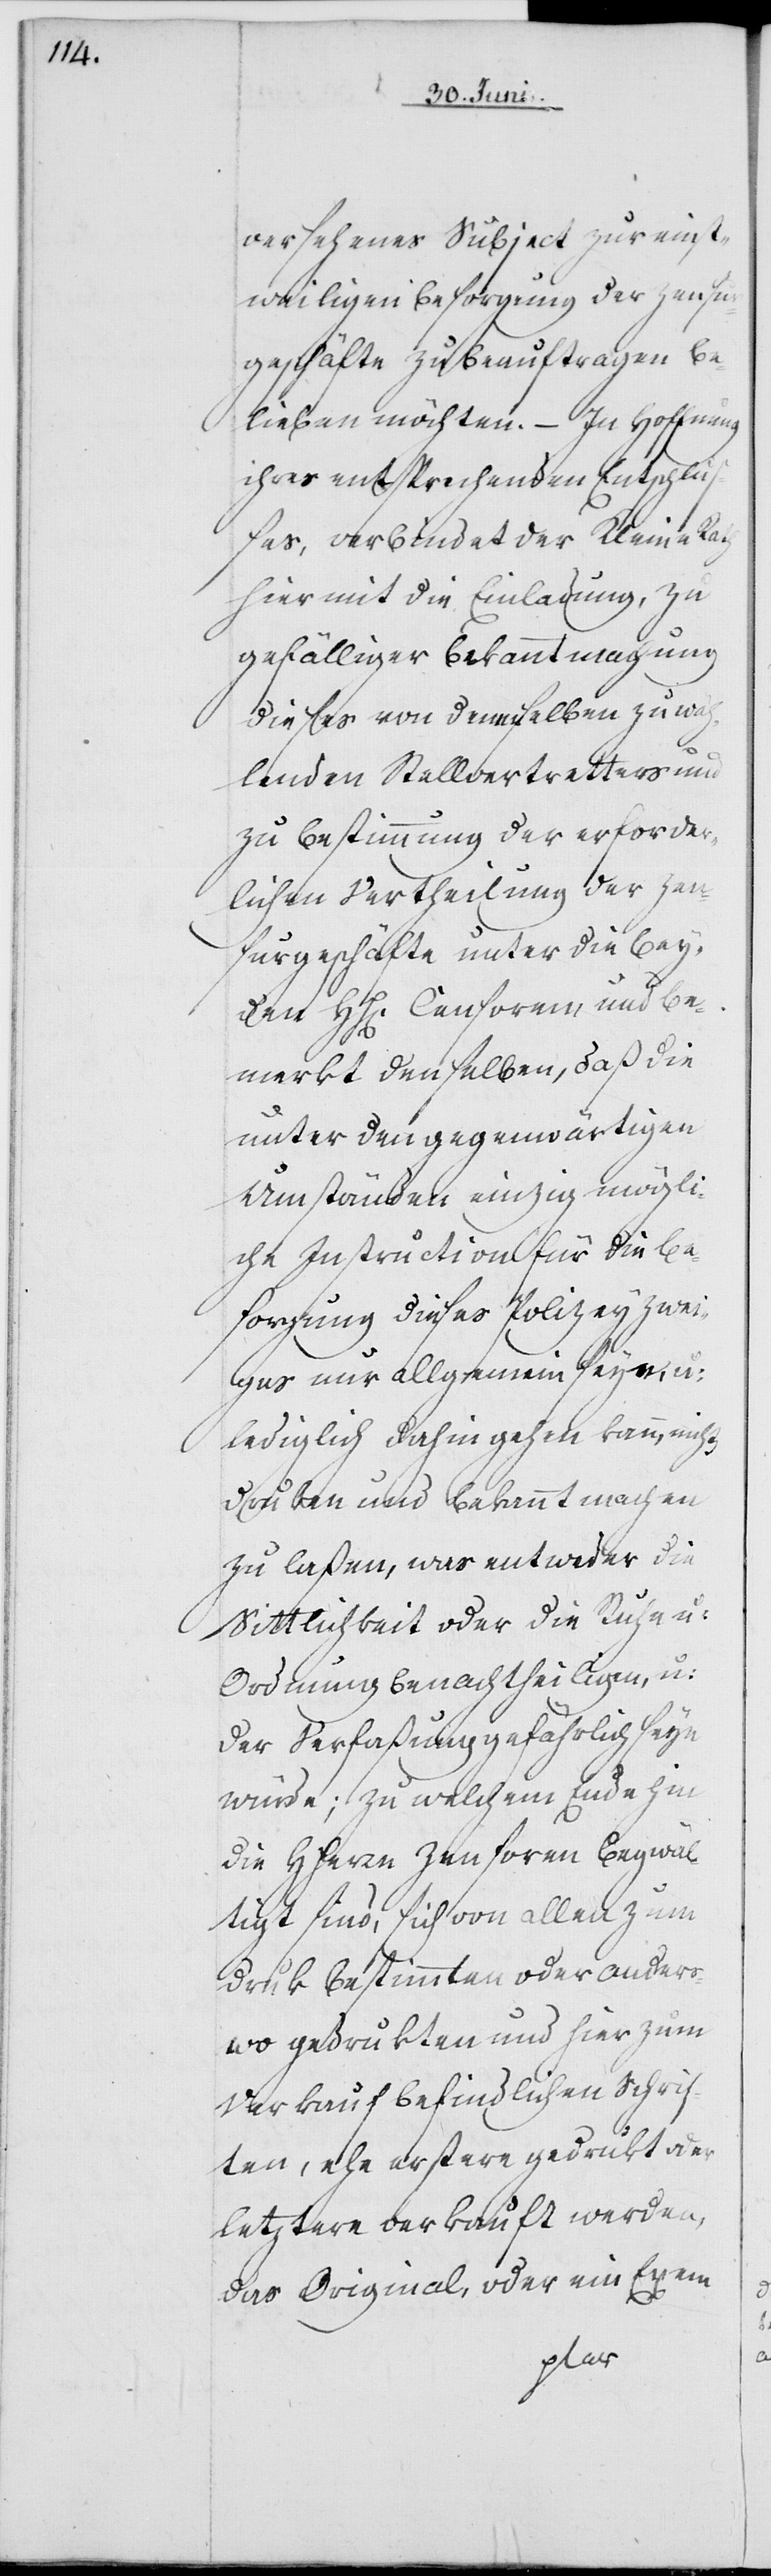
versehenes Subject zur einst¬
weiligen Besorgung der Zensur¬
geschäfte zu beauftragen be¬
lieben möchten. – In Hoffnung
ihres entsprechenden Entschlu¬
ßes, verbindet der Kleine Rath
hiermit die Einladung, zu
gefälliger Bekanntmachung
dieses von dennselben zu wä¬
hlenden Stellvertretters und
zu Bestimmung der erforder¬
lichen Vertheilung der Zen¬
surgeschäfte unter die bey¬
den HH[erren] Censoren und be¬
merkt denselben, daß die
unter den gegenwärtigen
Umständen einzig mögli¬
che Instruction für die Be¬
sorgung dieses Polizeyzwei¬
ges nur allgemein sey[?e],
lediglich dahin gehen kann, nichts
druken und bekannt machen
zu laßen, was entweder die
Sittlichkeit oder die Ruhe u:
Ordnung benachtheiligen, u:
der Verfaßung gefährlich seyn
würde; zu welchem Ende hin
die HHerrn Zensoren begwäl¬
tigt sind, sich von allen zum
Druk bestimmten oder anders¬
wo gedrukten und hier zum
Verkauf befindlichen Schrif¬
ten, ehe erstere gedrukt oder
letztere verkauft werden,
das Original, oder ein Exem-